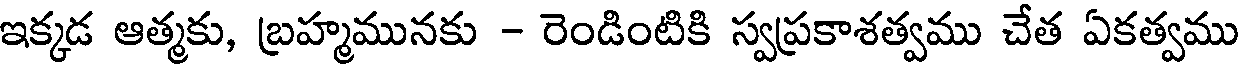
ఇక్కడ ఆత్మకు, బ్రహ్మమునకు - రెండింటికి స్వప్రకాశత్వము చేత ఏకత్వము